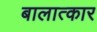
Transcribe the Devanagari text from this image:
बालात्कार